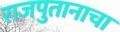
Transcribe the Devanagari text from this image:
राजपुतानाचा